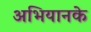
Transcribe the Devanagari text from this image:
अभियानके